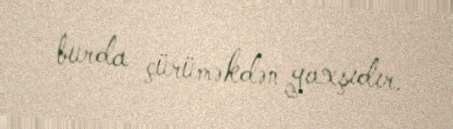
burda çürüməkdən yaxşıdır.